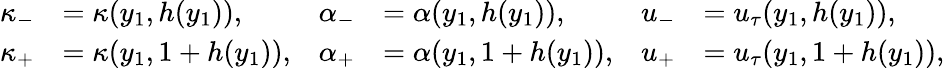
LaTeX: \begin{array}{rlrlrl}{\kappa_{-}}&{=\kappa(y_{1},h(y_{1})),}&{\alpha_{-}}&{=\alpha(y_{1},h(y_{1})),}&{u_{-}}&{=u_{\tau}(y_{1},h(y_{1})),}\\ {\kappa_{+}}&{=\kappa(y_{1},1+h(y_{1})),}&{\alpha_{+}}&{=\alpha(y_{1},1+h(y_{1})),}&{u_{+}}&{=u_{\tau}(y_{1},1+h(y_{1})),}\end{array}